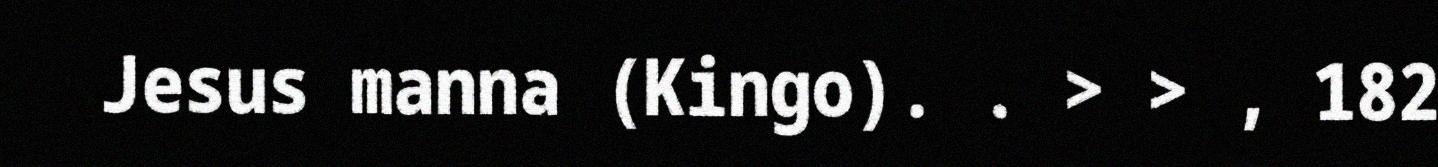
Jesus manna (Kingo). . > > , 182